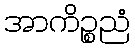
အာကိဉ္စညံ